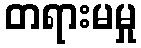
တရားမမှု